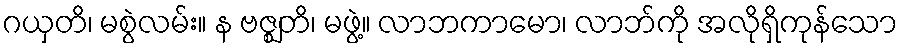
ဂယှတိ၊ မစွဲလမ်း။ န ဗဇ္ဈတိ၊ မဖွဲ့။ လာဘကာမော၊ လာဘ်ကို အလိုရှိကုန်သော